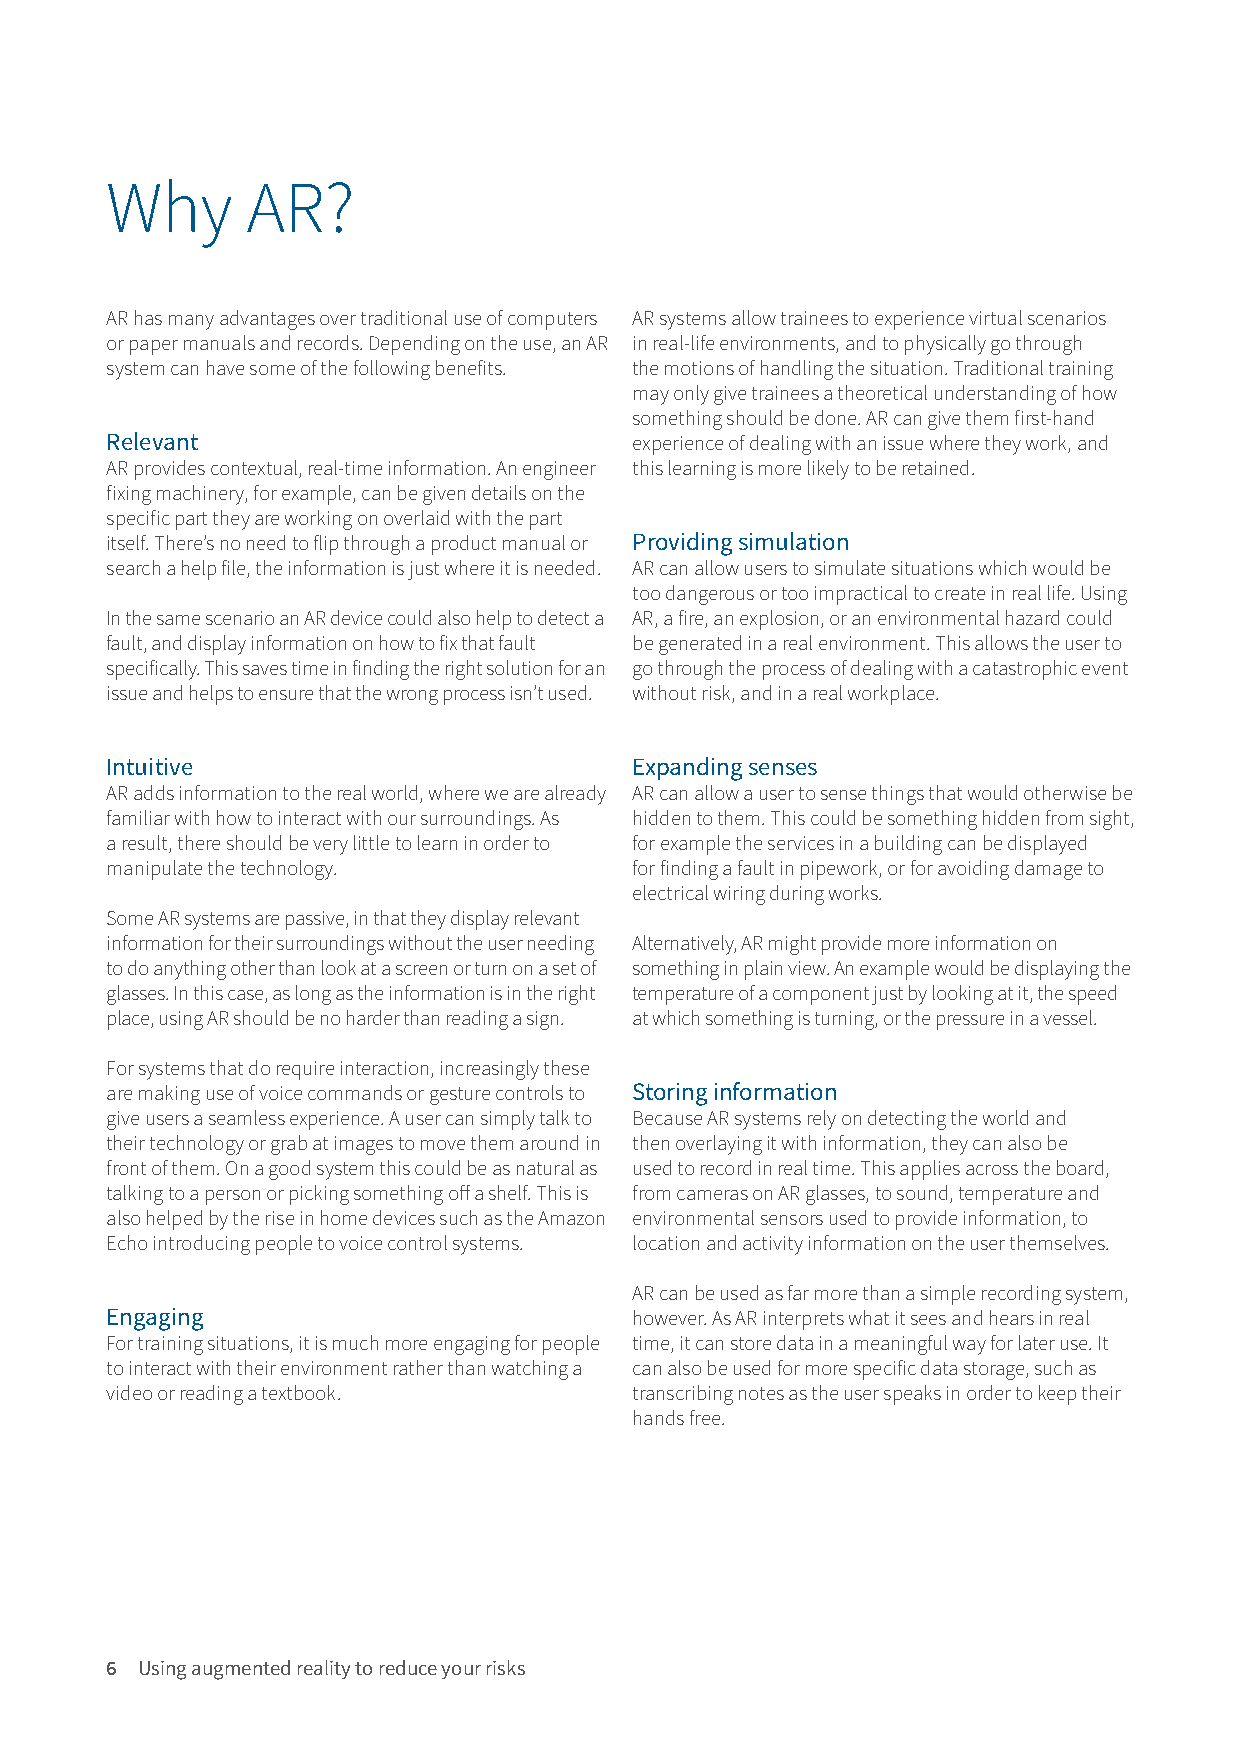
Why      AR?
 AR has many advantages over traditional use of computers AR systems allow trainees to experience virtual scenarios
 or paper manuals and records. Depending on the use, an AR in real-life environments, and to physically go through
 system can have some of the following benefits. the motions of handling the situation. Traditional training
 may only give trainees a theoretical understanding of how
 something should be done. AR can give them first-hand
 Relevant                           experience of dealing with an issue where they work, and
 AR provides contextual, real-time information. An engineer this learning is more likely to be retained.
 fixing machinery, for example, can be given details on the
 specific part they are working on overlaid with the part
 itself. There’s no need to flip through a product manual or Providing simulation
 search a help file, the information is just where it is needed. AR can allow users to simulate situations which would be
 too dangerous or too impractical to create in real life. Using
 In the same scenario an AR device could also help to detect a AR, a fire, an explosion, or an environmental hazard could
 fault, and display information on how to fix that fault be generated in a real environment. This allows the user to
 specifically. This saves time in finding the right solution for an go through the process of dealing with a catastrophic event
 issue and helps to ensure that the wrong process isn’t used. without risk, and in a real workplace.
 Intuitive                          Expanding senses
 AR adds information to the real world, where we are already AR can allow a user to sense things that would otherwise be
 familiar with how to interact with our surroundings. As hidden to them. This could be something hidden from sight,
 a result, there should be very little to learn in order to for example the services in a building can be displayed
 manipulate the technology.         for finding a fault in pipework, or for avoiding damage to
 electrical wiring during works.
 Some AR systems are passive, in that they display relevant
 information for their surroundings without the user needing Alternatively, AR might provide more information on
 to do anything other than look at a screen or turn on a set of something in plain view. An example would be displaying the
 glasses. In this case, as long as the information is in the right temperature of a component just by looking at it, the speed
 place, using AR should be no harder than reading a sign. at which something is turning, or the pressure in a vessel.
 For systems that do require interaction, increasingly these
 are making use of voice commands or gesture controls to Storing information
 give users a seamless experience. A user can simply talk to Because AR systems rely on detecting the world and
 their technology or grab at images to move them around in then overlaying it with information, they can also be
 front of them. On a good system this could be as natural as used to record in real time. This applies across the board,
 talking to a person or picking something off a shelf. This is from cameras on AR glasses, to sound, temperature and
 also helped by the rise in home devices such as the Amazon environmental sensors used to provide information, to
 Echo introducing people to voice control systems. location and activity information on the user themselves.
 AR can be used as far more than a simple recording system,
 Engaging                           however. As AR interprets what it sees and hears in real
 For training situations, it is much more engaging for people time, it can store data in a meaningful way for later use. It
 to interact with their environment rather than watching a can also be used for more specific data storage, such as
 video or reading a textbook.       transcribing notes as the user speaks in order to keep their
 hands free.
 6 Using augmented reality to reduce your risks